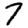
Digit: 7